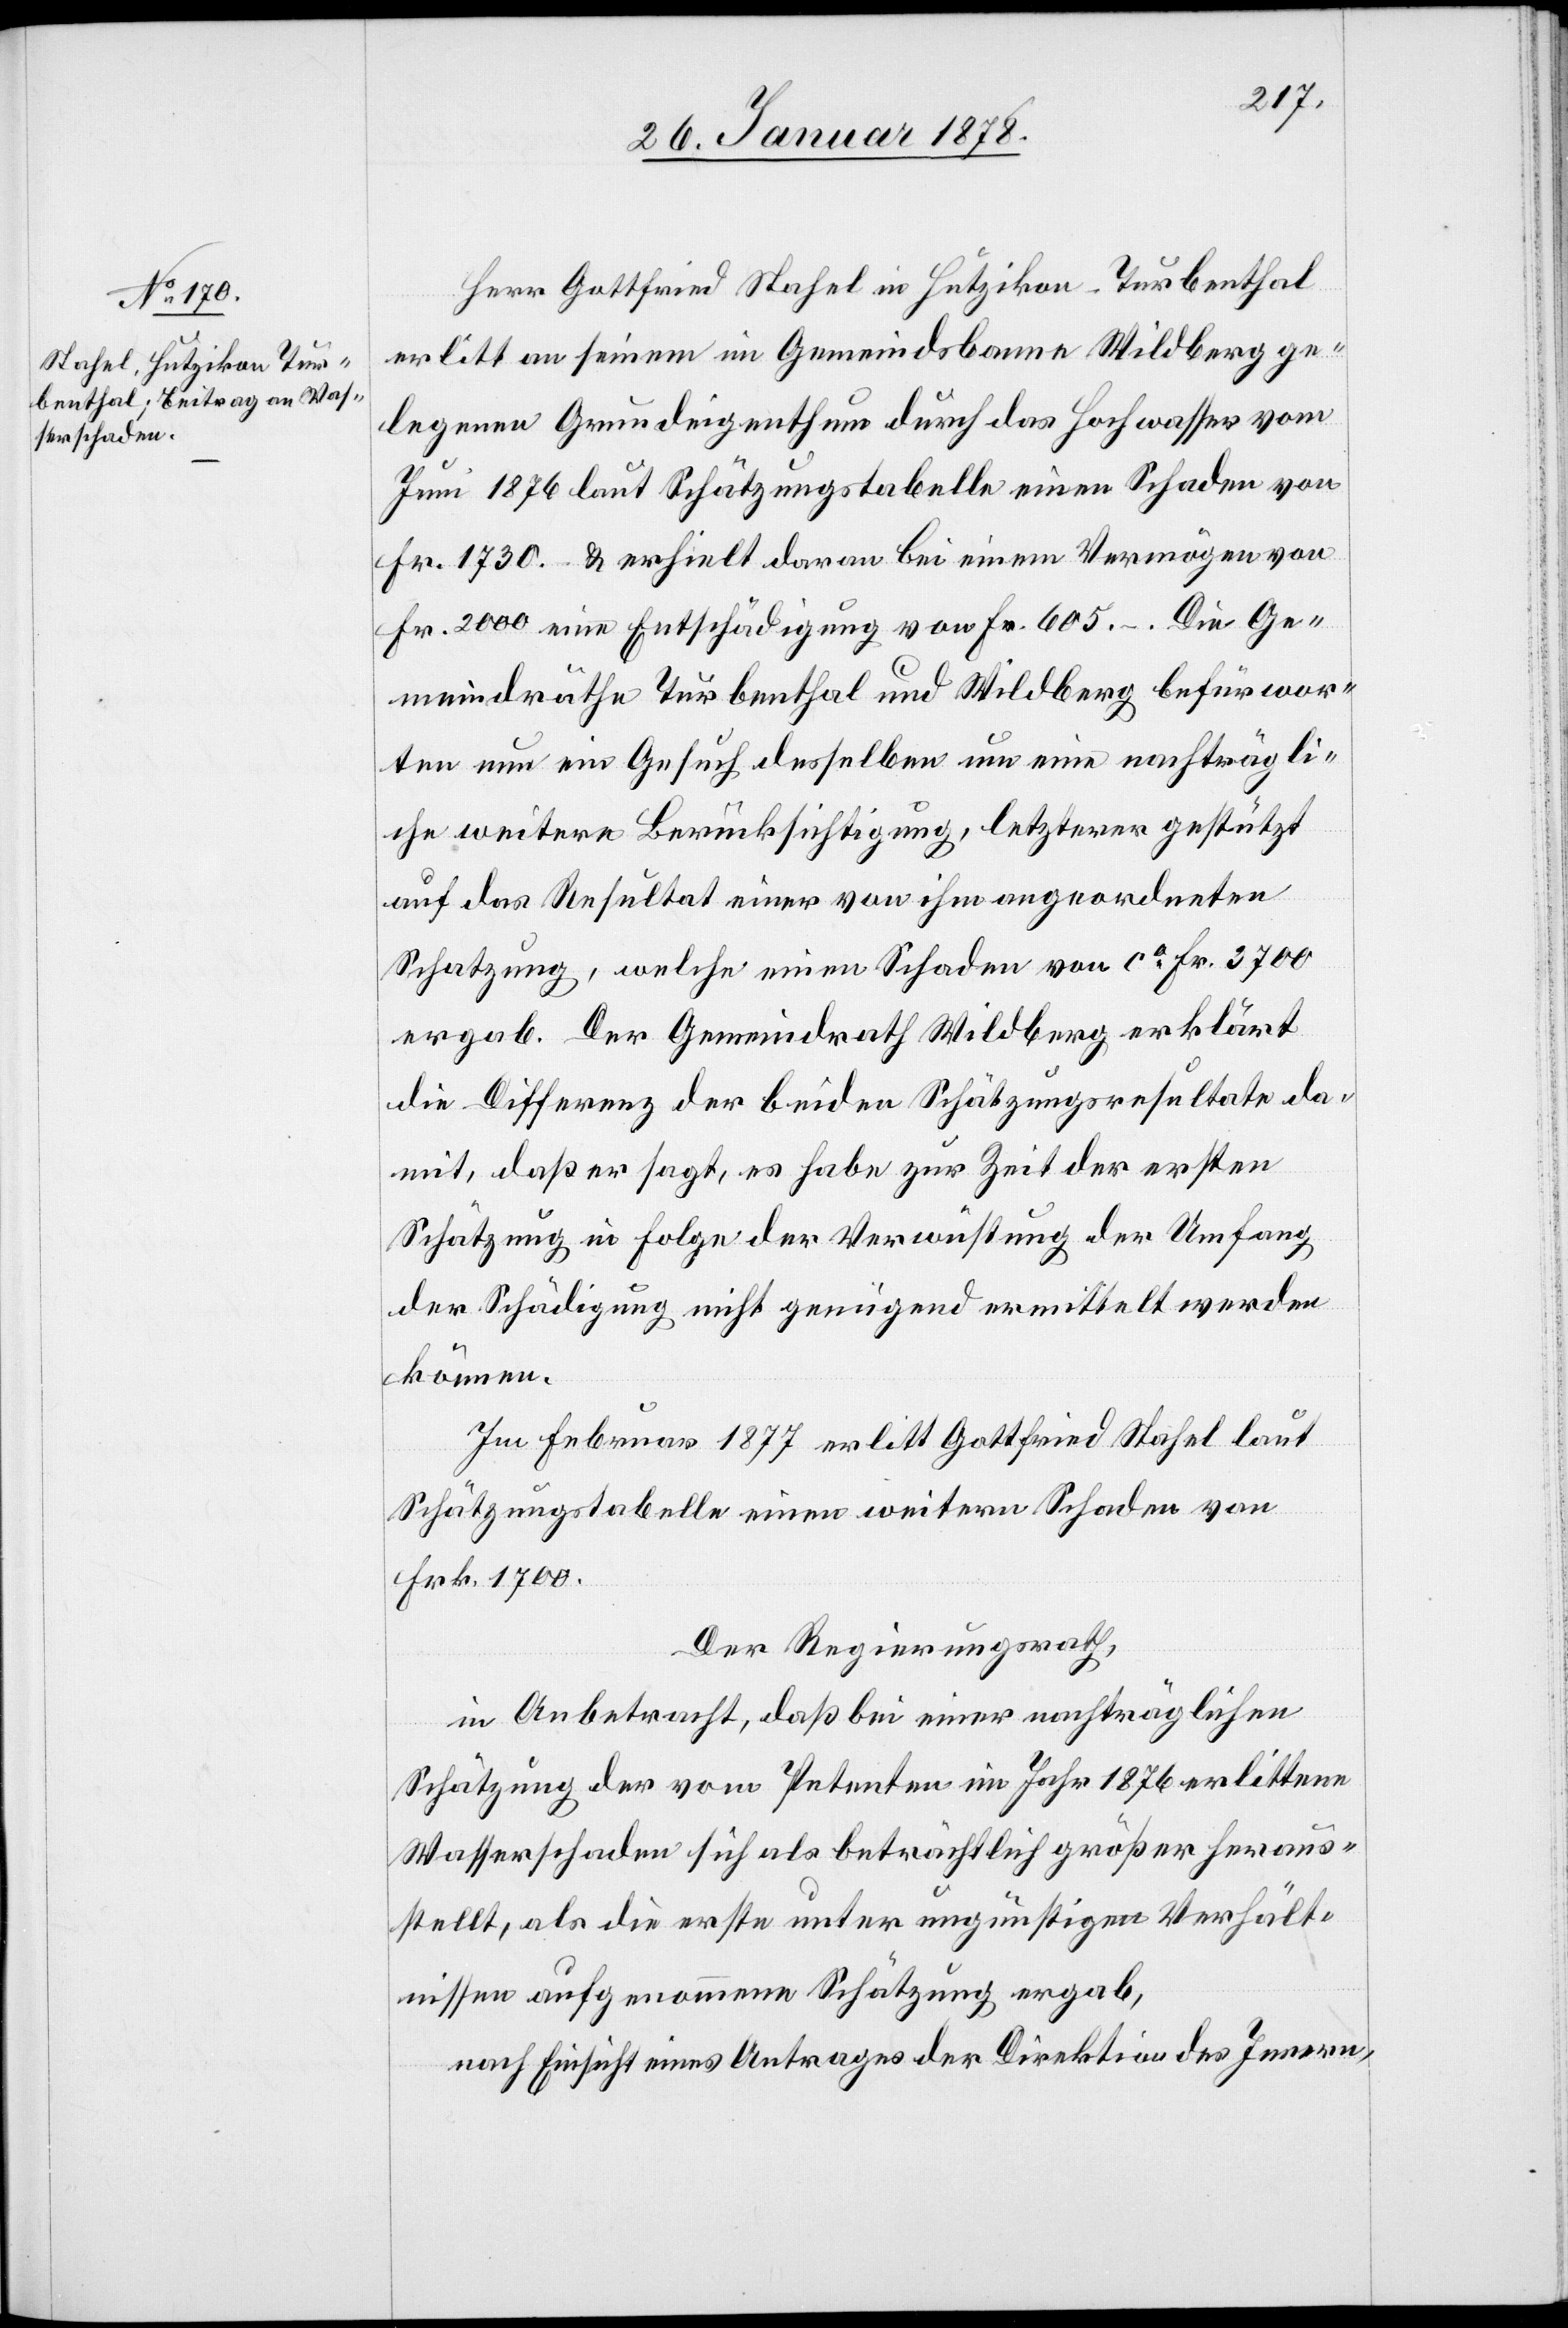
Herr Gottfried Stahel in Hutzikon - Turbenthal
erlitt an seinem im Gemeindsbanne Wildberg ge¬
legenen Grundeigenthum durch das Hochwasser vom
Juni 1876 laut Schätzungstabelle einen Schaden von
Fr. 1730. & erhielt davon bei einem Vermögen von
Fr. 2000 eine Entschädigung von Fr. 605.–. Die Ge¬
meindräthe Turbenthal und Wildberg befürwor¬
ten nun ein Gesuch desselben um eine nachträgli¬
che weitere Berücksichtigung, letztere gestützt
auf das Resultat einer von ihm angeordneten
Schatzung, welche einen Schaden von ca. Fr. 3700
ergab. Der Gemeindrath Wildberg erklärt
die Differenz der beiden Schätzungsresultate da¬
mit, daß er sagt, es habe zur Zeit der ersten
Schätzung in Folge der Verwüstung der Umfang
der Schädigung nicht genügend ermittelt werden
können.
Im Februar 1877 erlitt Gottfried Stahel laut
Schätzungstabelle einen weitern Schaden von
Frk. 1700.
Der Regierungsrath,
in Anbetracht, daß bei einer nachträglichen
Schätzung der vom Petenten im Jahr 1876 erlittenen
Wasserschaden sich als beträchtlich größer heraus¬
stellt, als die erste unter ungünstigen Verhält¬
nissen aufgenommene Schätzung ergab,
nach Einsicht eines Antrages der Direktion des Innern,